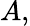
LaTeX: A,